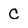
Character: C